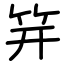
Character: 笄